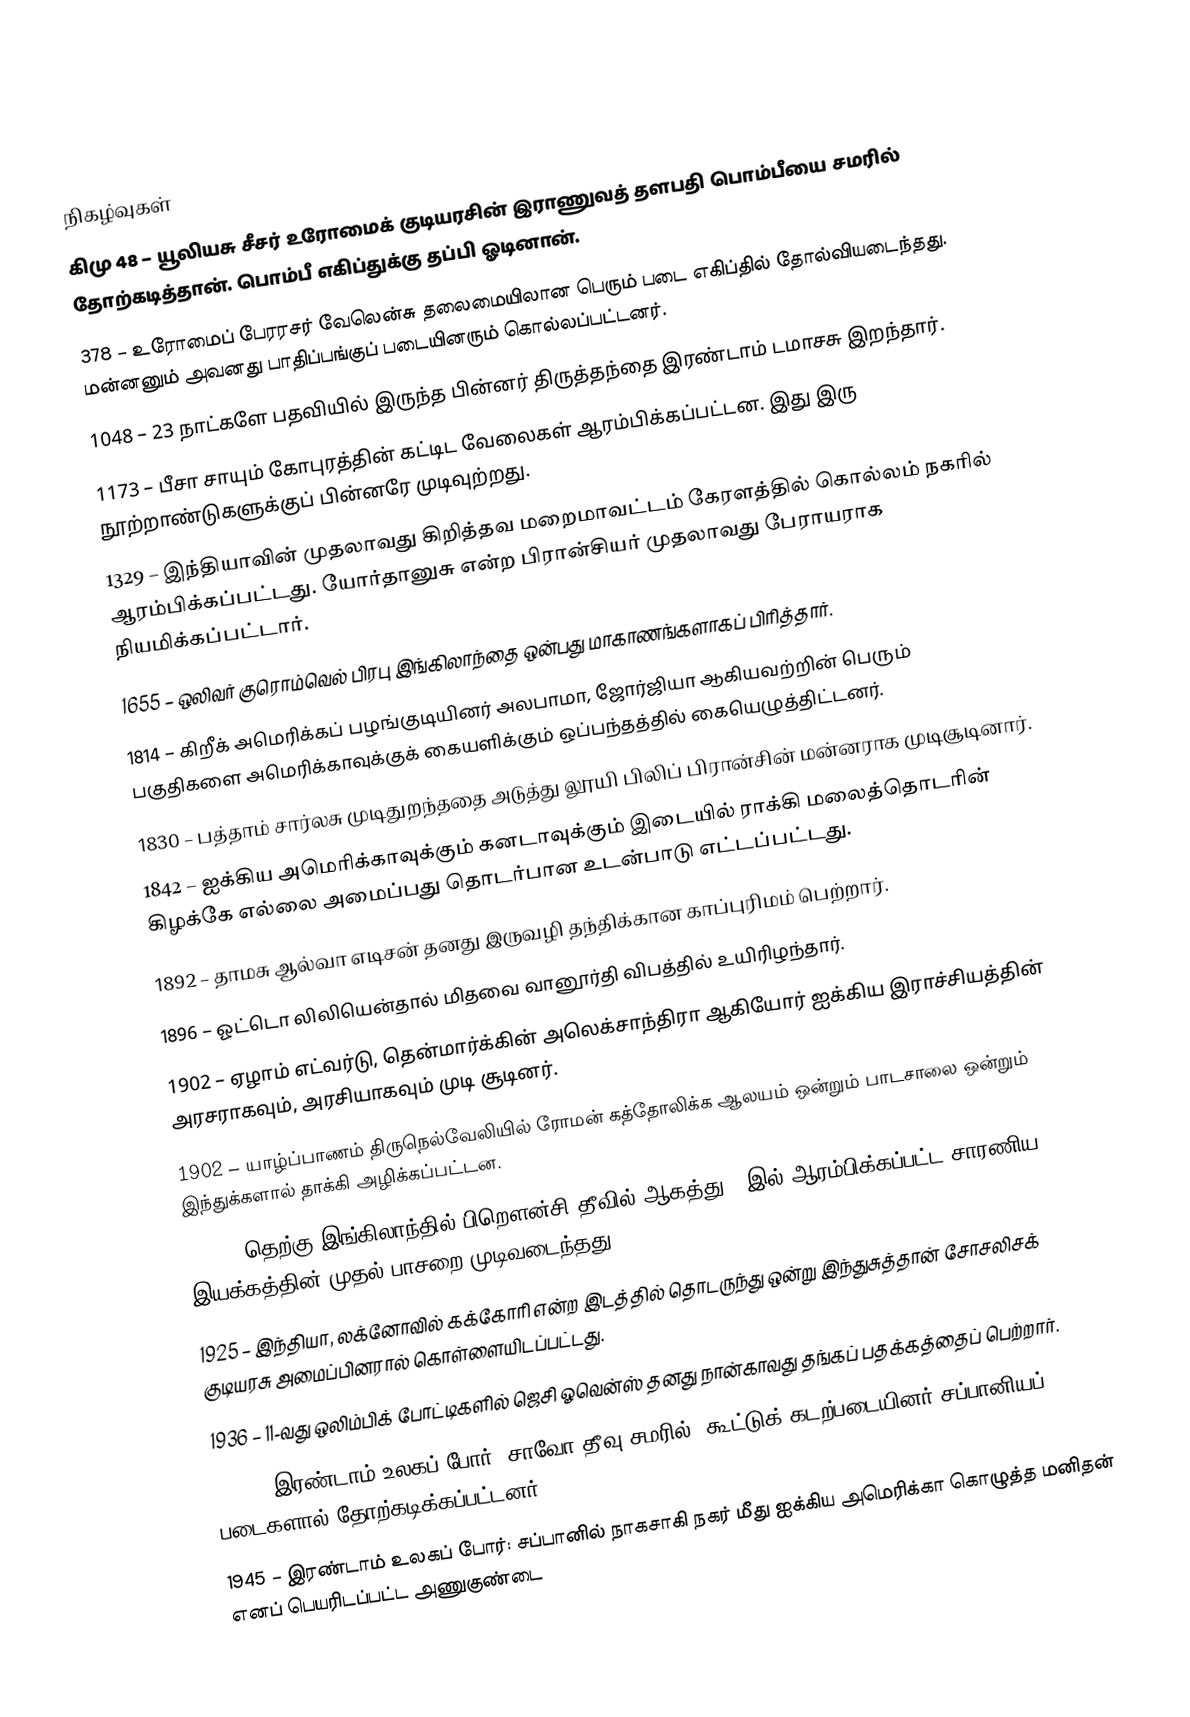

நிகழ்வுகள்
கிமு 48 – யூலியசு சீசர் உரோமைக் குடியரசின் இராணுவத் தளபதி பொம்பீயை சமரில் தோற்கடித்தான். பொம்பீ எகிப்துக்கு தப்பி ஓடினான்.
378 – உரோமைப் பேரரசர் வேலென்சு தலைமையிலான பெரும் படை எகிப்தில் தோல்வியடைந்தது. மன்னனும் அவனது பாதிப்பங்குப் படையினரும் கொல்லப்பட்டனர்.
1048 – 23 நாட்களே பதவியில் இருந்த பின்னர் திருத்தந்தை இரண்டாம் டமாசசு இறந்தார்.
1173 – பீசா சாயும் கோபுரத்தின் கட்டிட வேலைகள் ஆரம்பிக்கப்பட்டன. இது இரு நூற்றாண்டுகளுக்குப் பின்னரே முடிவுற்றது.
1329 – இந்தியாவின் முதலாவது கிறித்தவ மறைமாவட்டம் கேரளத்தில் கொல்லம் நகரில் ஆரம்பிக்கப்பட்டது. யோர்தானுசு என்ற பிரான்சியர் முதலாவது பேராயராக நியமிக்கப்பட்டார்.
1655 – ஒலிவர் குரொம்வெல் பிரபு இங்கிலாந்தை ஒன்பது மாகாணங்களாகப் பிரித்தார்.
1814 – கிறீக் அமெரிக்கப் பழங்குடியினர் அலபாமா, ஜோர்ஜியா ஆகியவற்றின் பெரும் பகுதிகளை அமெரிக்காவுக்குக் கையளிக்கும் ஒப்பந்தத்தில் கையெழுத்திட்டனர்.
1830 – பத்தாம் சார்லசு முடிதுறந்ததை அடுத்து லூயி பிலிப் பிரான்சின் மன்னராக முடிசூடினார்.
1842 – ஐக்கிய அமெரிக்காவுக்கும் கனடாவுக்கும் இடையில் ராக்கி மலைத்தொடரின் கிழக்கே எல்லை அமைப்பது தொடர்பான உடன்பாடு எட்டப்பட்டது.
1892 – தாமசு ஆல்வா எடிசன் தனது இருவழி தந்திக்கான காப்புரிமம் பெற்றார்.
1896 – ஓட்டொ லிலியென்தால் மிதவை வானூர்தி விபத்தில் உயிரிழந்தார்.
1902 – ஏழாம் எட்வர்டு, தென்மார்க்கின் அலெக்சாந்திரா ஆகியோர் ஐக்கிய இராச்சியத்தின் அரசராகவும், அரசியாகவும் முடி சூடினர்.
1902 – யாழ்ப்பாணம் திருநெல்வேலியில் ரோமன் கத்தோலிக்க ஆலயம் ஒன்றும் பாடசாலை ஒன்றும் இந்துக்களால் தாக்கி அழிக்கப்பட்டன.
1907 – தெற்கு இங்கிலாந்தில் பிறௌன்சி தீவில் ஆகத்து 1-இல் ஆரம்பிக்கப்பட்ட சாரணிய இயக்கத்தின் முதல் பாசறை முடிவடைந்தது.
1925 – இந்தியா, லக்னோவில் கக்கோரி என்ற இடத்தில் தொடருந்து ஒன்று இந்துசுத்தான் சோசலிசக் குடியரசு அமைப்பினரால் கொள்ளையிடப்பட்டது.
1936 – 11-வது ஒலிம்பிக் போட்டிகளில் ஜெசி ஓவென்ஸ் தனது நான்காவது தங்கப் பதக்கத்தைப் பெற்றார்.
1942 – இரண்டாம் உலகப் போர்: சாவோ தீவு சமரில், கூட்டுக் கடற்படையினர் சப்பானியப் படைகளால் தோற்கடிக்கப்பட்டனர்.
1945 – இரண்டாம் உலகப் போர்: சப்பானில் நாகசாகி நகர் மீது ஐக்கிய அமெரிக்கா கொழுத்த மனிதன் எனப் பெயரிடப்பட்ட அணுகுண்டை